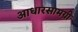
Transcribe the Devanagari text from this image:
आधारसामग्री